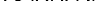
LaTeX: \smash{\mathcal{H}_{\mathrm{~c~h~a~i~n~}}^{d\mathrm{~D~}}}